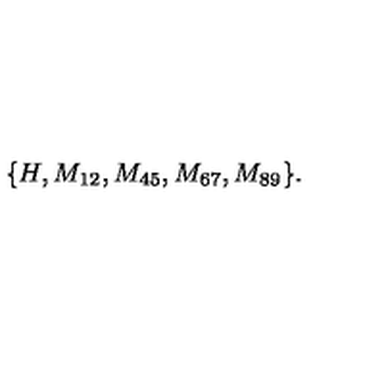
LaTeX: \{ H , M _ { 1 2 } , M _ { 4 5 } , M _ { 6 7 } , M _ { 8 9 } \} .